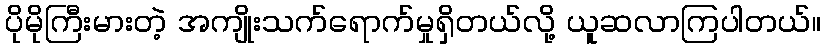
ပိုမိုကြီးမားတဲ့ အကျိုးသက်ရောက်မှုရှိတယ်လို့ ယူဆလာကြပါတယ်။